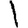
Digit: 1